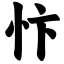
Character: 忭